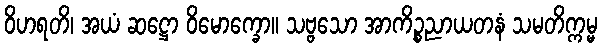
ဝိဟရတိ၊ အယံ ဆဋ္ဌော ဝိမောက္ခော။ သဗ္ဗသော အာကိဉ္စညာယတနံ သမတိက္ကမ္မ